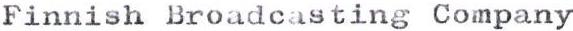
Finnish Broadcasting Company